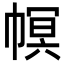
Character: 幎